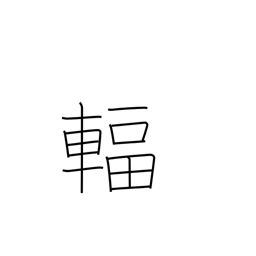
Meaning: spoke (wheel)